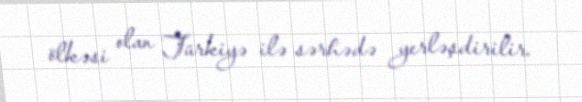
ölkəsi olan Türkiyə ilə sərhədə yerləşdirilir.